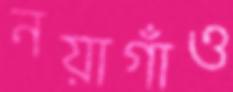
নয়াগাঁও